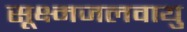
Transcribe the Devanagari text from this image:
सूक्ष्मजलवायु